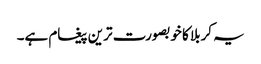
یہ کربلا کا خوبصورت ترین پیغام ہے۔